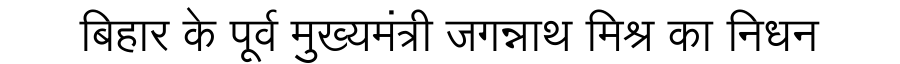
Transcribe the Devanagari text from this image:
बिहार के पूर्व मुख्यमंत्री जगन्नाथ मिश्र का निधन